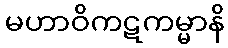
မဟာဝိကဋကမ္မာနိ